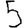
Digit: 5